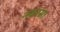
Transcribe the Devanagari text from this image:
नवरस।